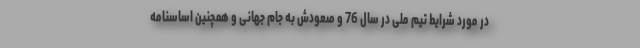
در مورد شرایط تیم ملی در سال 76 و صعودش به جام جهانی و همچنین اساسنامه